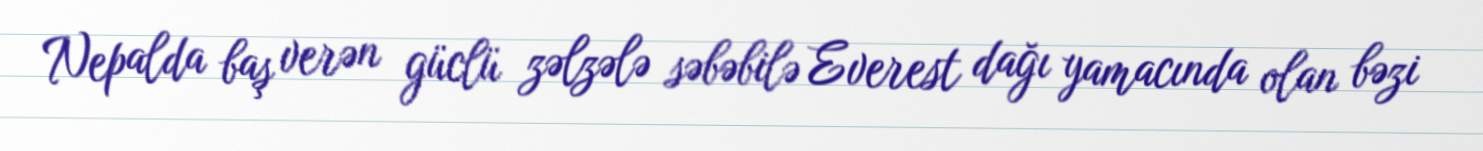
Nepalda baş verən güclü zəlzələ səbəbilə Everest dağı yamacında olan bəzi